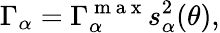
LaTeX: \Gamma_{\alpha}=\Gamma_{\alpha}^{\mathrm{~m~a~x~}}s_{\alpha}^{2}(\theta),